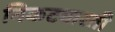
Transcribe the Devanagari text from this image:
निकटवारती